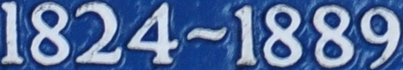
1824~1889